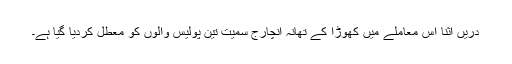
دریں اثنا اس معاملے میں کھوڑا کے تھانہ انچارج سمیت تین پولیس والوں کو معطل کردیا گیا ہے۔